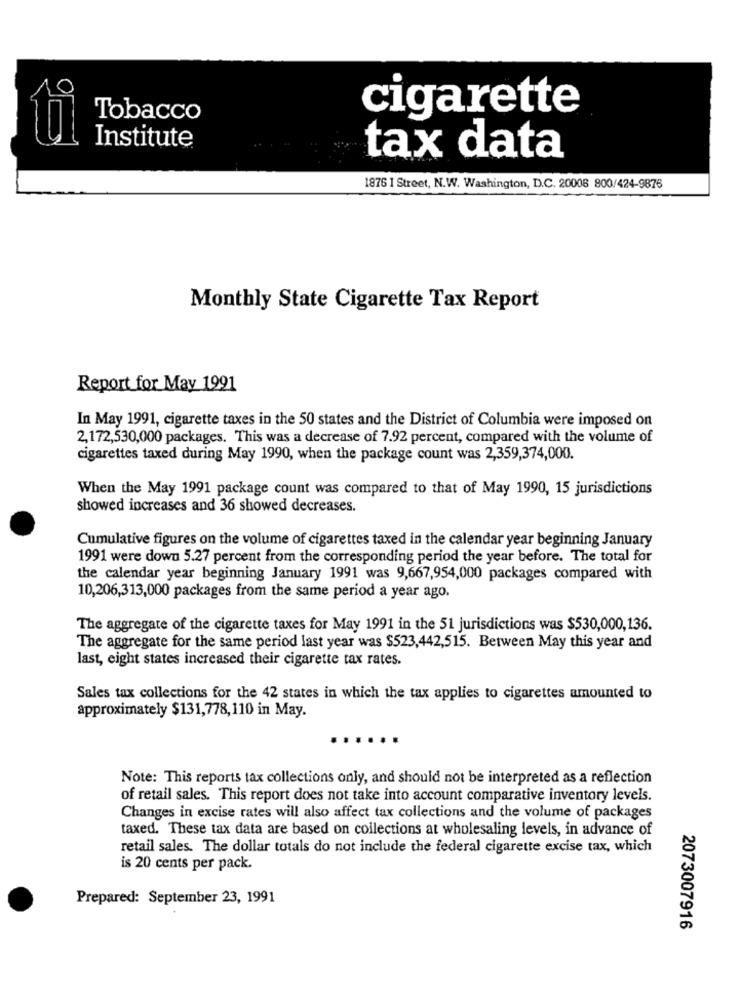
Tobacco
cigarette
Institute
tax data
1876 1 Street, N.W. Washington, D.C. 20008 800/424-9876
Monthly State Cigarette Tax Report
Report for May 1991
In May 1991, cigarette taxes in the 50 states and the District of Columbia were imposed on
2,172,530,000 packages. This was a decrease of 7.92 percent, compared with the volume of
cigarettes taxed during May 1990, when the package count was 2,359,374,000.
When the May 1991 package count was compared to that of May 1990, 15 jurisdictions
showed increases and 36 showed decreases.
Cumulative figures on the volume of cigarettes taxed in the calendar year beginning January
1991 were down 5.27 percent from the corresponding period the year before. The total for
the calendar year beginning January 1991 was 9,667,954,000 packages compared with
10,206,313,000 packages from the same period a year ago.
The aggregate of the cigarette taxes for May 1991 in the 51 jurisdictions was $530,000,136.
The aggregate for the same period last year was $523,442,515. Between May this year and
last, eight states increased their cigarette tax rates.
Sales tax collections for the 42 states in which the tax applies to cigarettes amounted to
approximately $131,778,110 in May.
Note: This reports tax collections only, and should not be interpreted as a reflection
of retail sales. This report does not take into account comparative inventory levels.
Changes in excise rates will also affect tax collections and the volume of packages
taxed. These tax data are based on collections at wholesaling levels, in advance of
retail sales. The dollar totals do not include the federal cigarette excise tax, which
is 20 cents per pack.
Prepared: September 23, 1991
2073007916